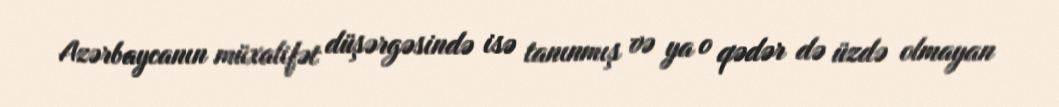
Azərbaycanın müxalifət düşərgəsində isə tanınmış və ya o qədər də üzdə olmayan